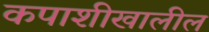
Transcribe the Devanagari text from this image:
कपाशीखालील